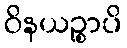
ဝိနယဉ္စာပိ